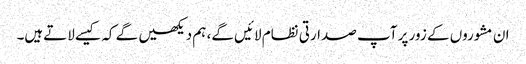
ان مشوروں کے زور پر آپ صدارتی نظام لائیں گے، ہم دیکھیں گے کہ کیسے لاتےہیں۔